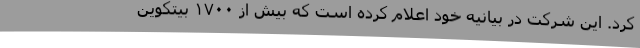
کرد. این شرکت در بیانیه خود اعلام کرده است که بیش از ۱۷۰۰ بیتکوین